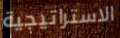
الاستراتيجية